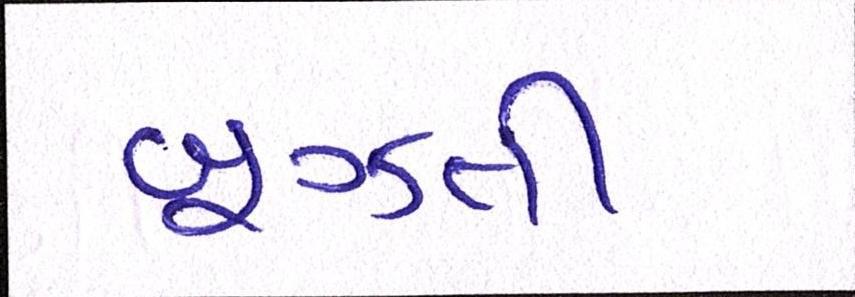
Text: બૂઝતી